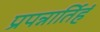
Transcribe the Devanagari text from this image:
प्रपन्नार्तिहं